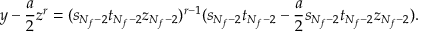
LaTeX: y - \frac { a } { 2 } z ^ { r } = ( s _ { N _ { f } - 2 } t _ { N _ { f } - 2 } z _ { N _ { f } - 2 } ) ^ { r - 1 } ( s _ { N _ { f } - 2 } t _ { N _ { f } - 2 } - \frac { a } { 2 } s _ { N _ { f } - 2 } t _ { N _ { f } - 2 } z _ { N _ { f } - 2 } ) .